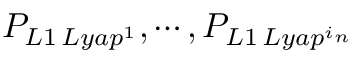
P _ { L 1 \, L y a p ^ { 1 } } , \cdots , P _ { L 1 \, L y a p ^ { i _ { n } } }